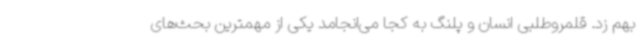
بهم زد. قلمروطلبی انسان و پلنگ به کجا می‌انجامد یکی از مهمترین بحث‌های